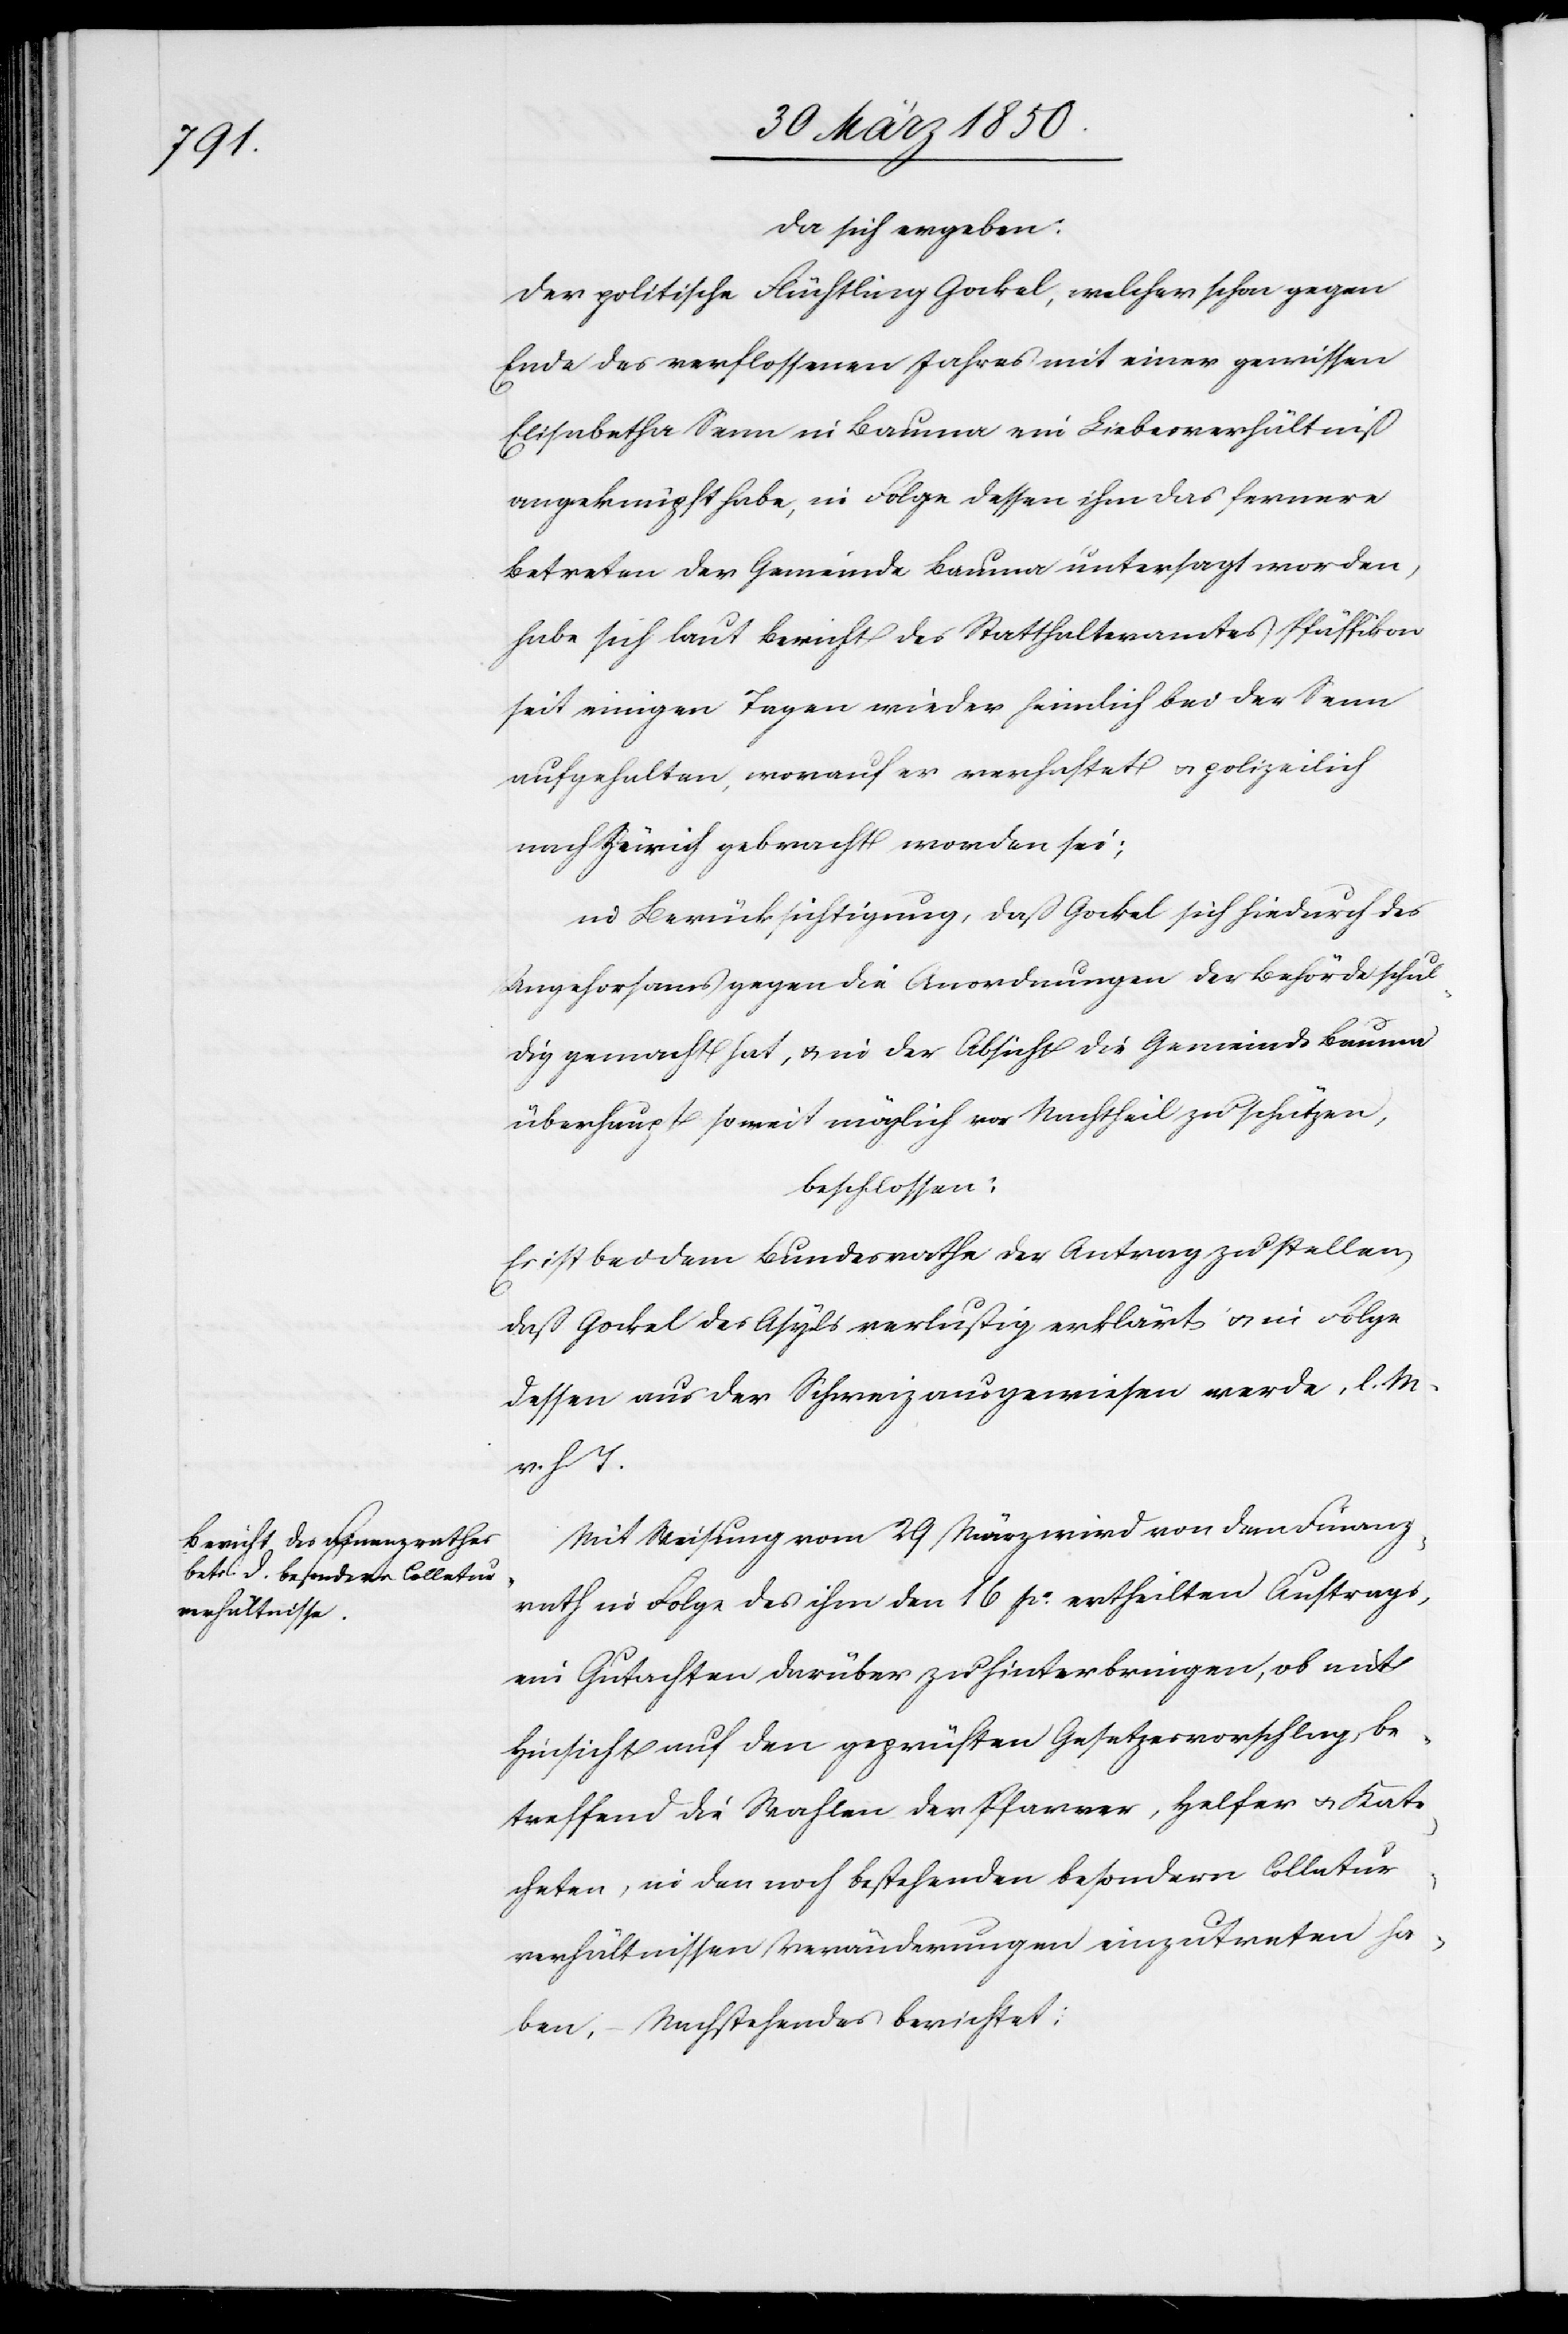
da sich ergeben:
Der politische Flüchtling Gockel, welcher schon gegen
Ende des verflossenen Jahres mit einer gewissen
Elisabetha Senn in Bauma ein Liebesverhältniß
angeknüpft habe, in Folge desse ihm das fernere
Betreten der Gemeinde Bauma untersagt worden,
habe sich laut Bericht des Statthalteramtes Pfäffikon
seit einigen Tagen wieder heimlich bei der Senn
aufgehalten, worauf er verhaftet u. polizeilich
nach Zürich gebracht worden sei;
in Berücksichtigung, daß Gockel sich hiedurch des
Ungehorsams gegen die Anordnungen der Behörde schul¬
dig gemacht hat, u. in der Absicht die Gemeinde Bauma
überhaupt so weit möglich vor Nachtheil zu schützen,
beschlossen:
Es ist bei dem Bundesrathe der Antrag zu stellen,
daß Gockel des Asyls verlustig erklärt u. in Folge
dessen aus der Schweiz ausgewiesen werde, l. M.
v. h. T.
Mit Weisung vom 29 März wird von dem Finanz¬
rath in Folge des ihm den 16 po. ertheilten Auftrags,
ein Gutachten darüber zu hinterbringen, ob mit
Hinsicht auf den geprüften Gesetzesvorschlag, be¬
treffend die Wahlen der Pfarrer, Helfer u. Kate¬
cheten, in den noch bestehenden besondern Collatur¬
verhältnissen Veränderungen einzutreten ha¬
ben, – Nachstehendes berichtet: